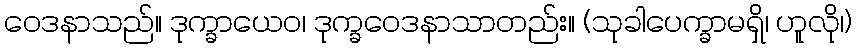
ဝေဒနာသည်။ ဒုက္ခာယေဝ၊ ဒုက္ခဝေဒနာသာတည်း။ (သုခါပေက္ခာမရှိ၊ ဟူလို၊)